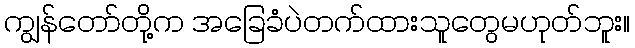
ကျွန်တော်တို့က အခြေခံပဲတက်ထားသူတွေမဟုတ်ဘူး။